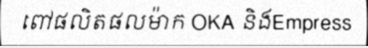
ពៅផលិតផលម៉ាក OKA និងEmpress